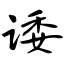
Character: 诿